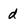
Character: d